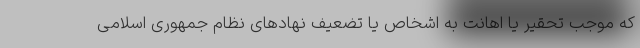
که موجب تحقیر یا اهانت به اشخاص یا تضعیف نهادهای نظام جمهوری اسلامی